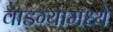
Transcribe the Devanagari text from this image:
वाडग्यामध्ये